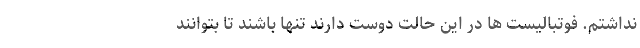
نداشتم. فوتبالیست ها در این حالت دوست دارند تنها باشند تا بتوانند